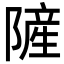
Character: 隡